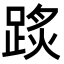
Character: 𨂂